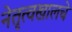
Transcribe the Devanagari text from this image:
नेतृत्वखालचे